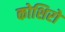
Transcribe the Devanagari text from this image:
कोशिरो